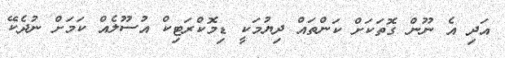
އަދި އެ ނޫން ގޮތަކަށް ކަންތައް ދިޔުމަކީ ޑިމޮކްރަޓިކް އުސޫލެއް ކަމަށް ނުދެކޭ